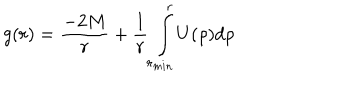
LaTeX: g ( r ) = { \frac { - 2 M } { r } } + { \frac { 1 } { r } } \int _ { r _ { m i n } } ^ { r } U ( \rho ) d \rho